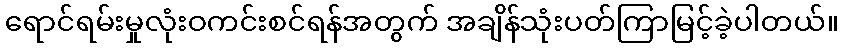
ရောင်ရမ်းမှုလုံးဝကင်းစင်ရန်အတွက် အချိန်သုံးပတ်ကြာမြင့်ခဲ့ပါတယ်။